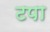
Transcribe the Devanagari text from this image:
टपा